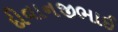
દીવાનજીભાઈ